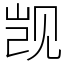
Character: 觊